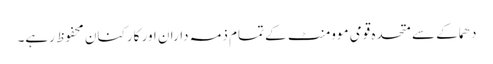
دھماکے سے متحدہ قومی موومنٹ کے تمام ذمہ داران اور کارکنان محفوظ رہے۔